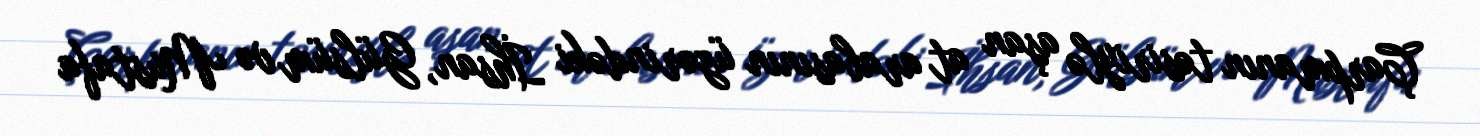
Çarpmanın təsiriylə aşan at arabasının üzərindəki İhsan, Gülsüm və Mustafa